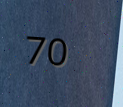
70